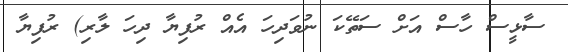
ސާޅީސް ހާސް އަށް ސަތޭކަ ނުވަދިހަ އެއް ރުފިޔާ ދިހަ ލާރި) ރުފިޔާ